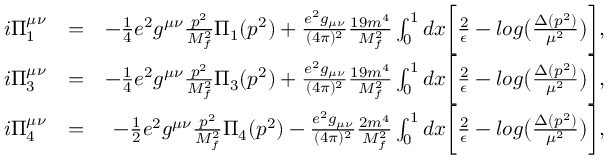
\begin{array} { r l r } { i \Pi _ { 1 } ^ { \mu \nu } } & { = } & { - \frac { 1 } { 4 } e ^ { 2 } g ^ { \mu \nu } \frac { p ^ { 2 } } { M _ { f } ^ { 2 } } \Pi _ { 1 } ( p ^ { 2 } ) + \frac { e ^ { 2 } g _ { \mu \nu } } { ( 4 \pi ) ^ { 2 } } \frac { 1 9 m ^ { 4 } } { M _ { f } ^ { 2 } } \int _ { 0 } ^ { 1 } d x \biggl [ \frac { 2 } { \epsilon } - l o g \bigl ( \frac { \Delta ( p ^ { 2 } ) } { \mu ^ { 2 } } \bigr ) \biggr ] , } \\ { i \Pi _ { 3 } ^ { \mu \nu } } & { = } & { - \frac { 1 } { 4 } e ^ { 2 } g ^ { \mu \nu } \frac { p ^ { 2 } } { M _ { f } ^ { 2 } } \Pi _ { 3 } ( p ^ { 2 } ) + \frac { e ^ { 2 } g _ { \mu \nu } } { ( 4 \pi ) ^ { 2 } } \frac { 1 9 m ^ { 4 } } { M _ { f } ^ { 2 } } \int _ { 0 } ^ { 1 } d x \biggl [ \frac { 2 } { \epsilon } - l o g \bigl ( \frac { \Delta ( p ^ { 2 } ) } { \mu ^ { 2 } } \bigr ) \biggr ] , } \\ { i \Pi _ { 4 } ^ { \mu \nu } } & { = } & { - \frac { 1 } { 2 } e ^ { 2 } g ^ { \mu \nu } \frac { p ^ { 2 } } { M _ { f } ^ { 2 } } \Pi _ { 4 } ( p ^ { 2 } ) - \frac { e ^ { 2 } g _ { \mu \nu } } { ( 4 \pi ) ^ { 2 } } \frac { 2 m ^ { 4 } } { M _ { f } ^ { 2 } } \int _ { 0 } ^ { 1 } d x \biggl [ \frac { 2 } { \epsilon } - l o g \bigl ( \frac { \Delta ( p ^ { 2 } ) } { \mu ^ { 2 } } \bigr ) \biggr ] , } \end{array}